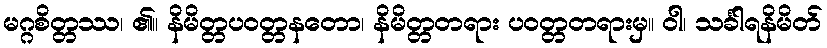
မဂ္ဂစိတ္တဿ၊ ၏။ နိမိတ္တပဝတ္တနတော၊ နိမိတ္တတရား ပဝတ္တတရားမှ။ ဝါ၊ သင်္ခါရနိမိတ်